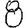
Digit: 8